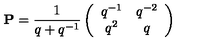
{ \bf P } = \frac { 1 } { q + q ^ { - 1 } } \left( \begin{array} { c c } { q ^ { - 1 } } & { q ^ { - 2 } } \\ { q ^ { 2 } } & { q } \\ \end{array} \right)